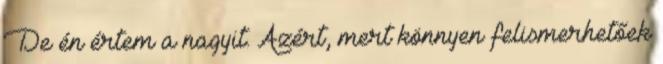
De én értem a nagyit. Azért, mert könnyen felismerhetőek